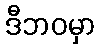
ဒီဘဝမှာ